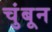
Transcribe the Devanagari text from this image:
चुंबून